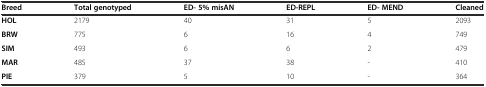
| Breed | Total genotyped | ED- 5% misAN | ED-REPL | ED- MEND | Cleaned |
 | --- | --- | --- | --- | --- | --- |
 | HOL | 2179 | 40 | 31 | 5 | 2093 |
 | BRW | 775 | 6 | 16 | 4 | 749 |
 | SIM | 493 | 6 | 6 | 2 | 479 |
 | MAR | 485 | 37 | 38 | - | 410 |
 | PIE | 379 | 5 | 10 | - | 364 |